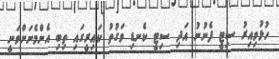
ހުޅުވިއިރު ސިޓީ ފެނުނު އަދި ސިޓީ ކެނޑި ވަގުތު ކައިރީގައި ތިބި އެންމެނަށްވަނީ